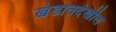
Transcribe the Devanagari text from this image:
खंडातदेखील